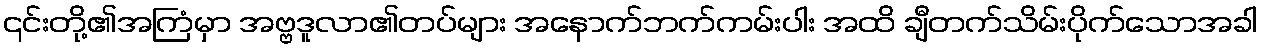
၎င်းတို့၏အကြံမှာ အဗ္ဗဒူလာ၏တပ်များ အနောက်ဘက်ကမ်းပါး အထိ ချီတက်သိမ်းပိုက်သောအခါ